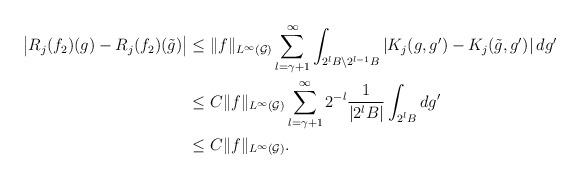
LaTeX: \begin{align*}\big|R_j(f_2)(g)-R_j(f_2)(\tilde g)\big|&\leq\|f\|_{L^\infty(\mathcal G)}\sum_{l=\gamma+1}^{\infty}\int_{2^lB\setminus 2^{l-1}B}\left|K_j(g,g')-K_j(\tilde g, g')\right|dg'\\&\leq C\|f\|_{L^\infty(\mathcal G)}\sum_{l=\gamma+1}^{\infty}2^{-l}{1\over |2^lB|}\int_{2^lB}dg'\\&\leq C\|f\|_{L^\infty(\mathcal G)}.\end{align*}